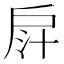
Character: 𢩄